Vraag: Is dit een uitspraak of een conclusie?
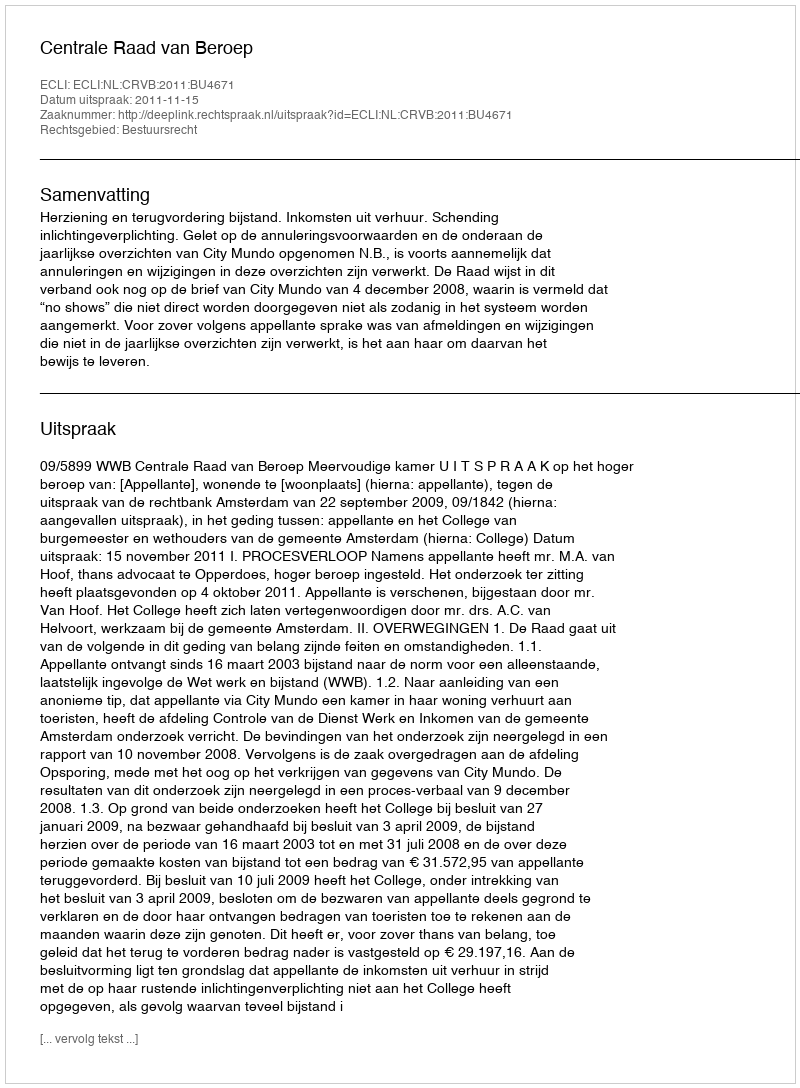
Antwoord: Uitspraak